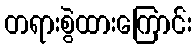
တရားစွဲထားကြောင်း